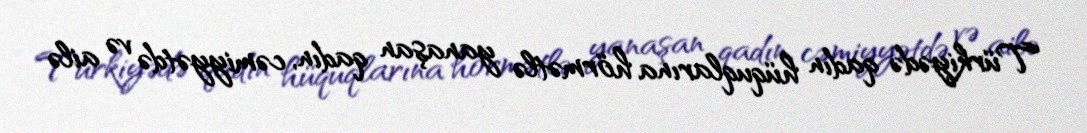
Türkiyədə qadın hüquqlarına hörmətlə yanaşan qadın, cəmiyyətdə və ailə